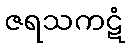
ဇရသကဋံ